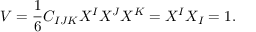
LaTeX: { V } = { \frac { 1 } { 6 } } C _ { I J K } X ^ { I } X ^ { J } X ^ { K } = X ^ { I } X _ { I } = 1 .